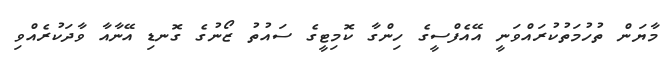
މާޔަން ތުހުމަތުކުރައްވަނީ އޭއެފްސީގެ ހިންގާ ކޮމިޓީގެ ސައުތު ޒޯނުގެ ގޮނޑި އޭނާއާ ވާދަކުރެއްވި